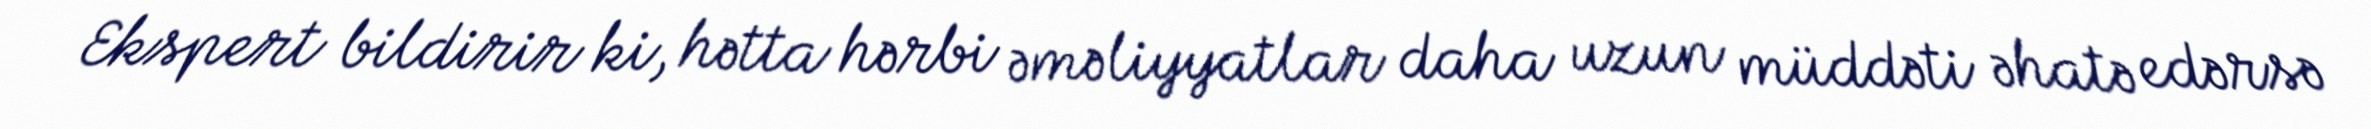
Ekspert bildirir ki, hətta hərbi əməliyyatlar daha uzun müddəti əhatə edərsə